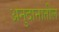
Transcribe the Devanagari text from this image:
अनुदानातील